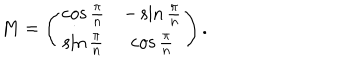
M = \left( \begin{array} { c c } { { \cos \frac { \pi } { n } } } & { { - \sin \frac { \pi } { n } } } \\ { { \sin \frac { \pi } { n } } } & { { \cos \frac { \pi } { n } } } \\ \end{array} \right) .